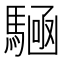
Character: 𮪔